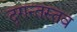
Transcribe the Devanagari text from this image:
दृगन्तस्तव